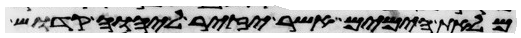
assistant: מלאת הימים אשר יזיר ליהוה קדוש